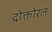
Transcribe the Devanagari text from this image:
दोक्तोरल्